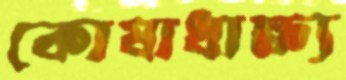
কোষাধাক্ষ্য